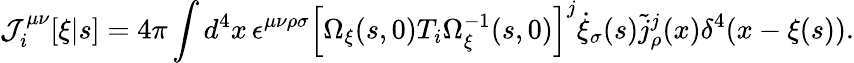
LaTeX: {\cal J}_{i}^{\mu\nu}[\xi|s]=4\pi\int d^{4}x\, \epsilon^{\mu\nu\rho\sigma}\left[\Omega_{\xi}(s,0)T_{i}\Omega_{\xi}^{-1}(s,0)\right]^{j}\dot{\xi}_{\sigma}(s)\widetilde{j}_{\rho}^{j}(x)\delta^{4}(x-\xi(s)).